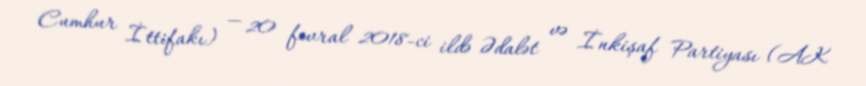
Cumhur İttifakı) — 20 fevral 2018-ci ildə Ədalət və İnkişaf Partiyası (AK